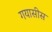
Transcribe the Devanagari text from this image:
गयासीस